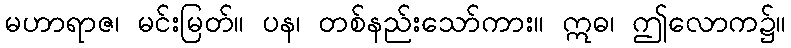
မဟာရာဇ၊ မင်းမြတ်။ ပန၊ တစ်နည်းသော်ကား။ ဣဓ၊ ဤလောက၌။